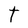
Character: t